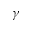
\gamma